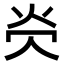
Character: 𪸖